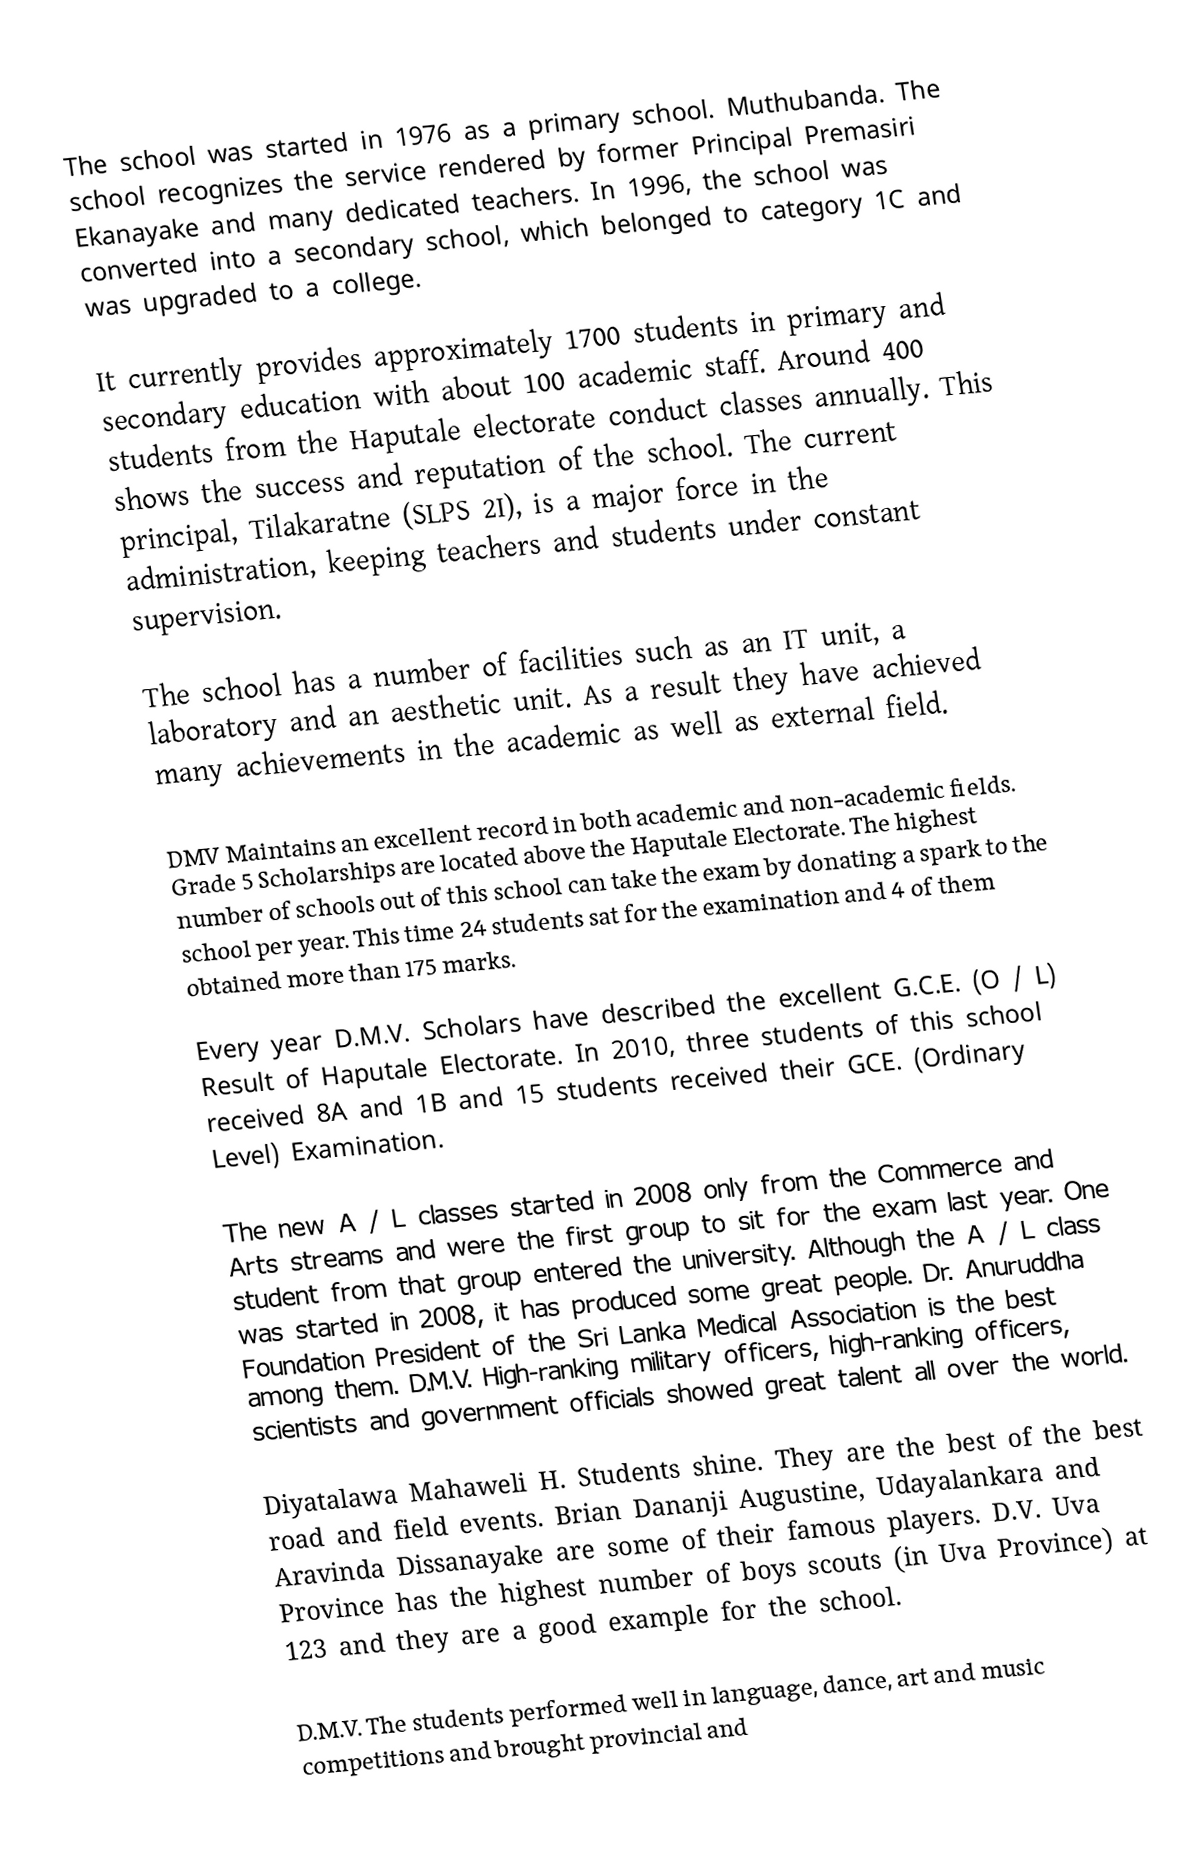
The school was started in 1976 as a primary school.  Muthubanda.  The school recognizes the service rendered by former Principal Premasiri Ekanayake and many dedicated teachers.  In 1996, the school was converted into a secondary school, which belonged to category 1C and was upgraded to a college.

 It currently provides approximately 1700 students in primary and secondary education with about 100 academic staff.  Around 400 students from the Haputale electorate conduct classes annually.  This shows the success and reputation of the school.  The current principal, Tilakaratne (SLPS 2I), is a major force in the administration, keeping teachers and students under constant supervision.

 The school has a number of facilities such as an IT unit, a laboratory and an aesthetic unit.  As a result they have achieved many achievements in the academic as well as external field.

 DMV  Maintains an excellent record in both academic and non-academic fields.  Grade 5 Scholarships are located above the Haputale Electorate.  The highest number of schools out of this school can take the exam by donating a spark to the school per year.  This time 24 students sat for the examination and 4 of them obtained more than 175 marks.

 Every year D.M.V.  Scholars have described the excellent G.C.E.  (O / L) Result of Haputale Electorate.  In 2010, three students of this school received 8A and 1B and 15 students received their GCE.  (Ordinary Level) Examination.

 The new A / L classes started in 2008 only from the Commerce and Arts streams and were the first group to sit for the exam last year.  One student from that group entered the university.  Although the A / L class was started in 2008, it has produced some great people.  Dr. Anuruddha Foundation President of the Sri Lanka Medical Association is the best among them.  D.M.V.  High-ranking military officers, high-ranking officers, scientists and government officials showed great talent all over the world.

 Diyatalawa Mahaweli H.  Students shine.  They are the best of the best road and field events.  Brian Dananji Augustine, Udayalankara and Aravinda Dissanayake are some of their famous players.  D.V.  Uva Province has the highest number of boys scouts (in Uva Province) at 123 and they are a good example for the school.

 D.M.V.  The students performed well in language, dance, art and music competitions and brought provincial and